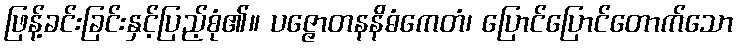
ဖြန့်ခင်းခြင်းနှင့်ပြည့်စုံ၏။ ပဇ္ဇောတနနိဓံကေတံ၊ ပြောင်ပြောင်တောက်သော